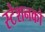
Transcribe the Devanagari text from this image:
स्टेशनको